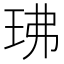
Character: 𤤖